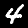
Label: 4